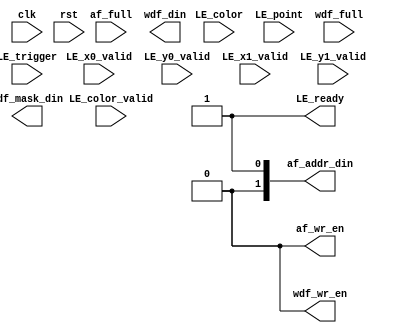
module LineEngine(
  input                 clk,
  input                 rst,
  output                LE_ready,
  // 8-bit each for RGB, and 8 bits zeros at the top
  input [31:0]          LE_color,
  input [9:0]           LE_point,
  // Valid signals for the inputs
  input                 LE_color_valid,
  input                 LE_x0_valid,
  input                 LE_y0_valid,
  input                 LE_x1_valid,
  input                 LE_y1_valid,
  // Trigger signal - line engine should
  // Start drawing the line
  input                 LE_trigger,
  // FIFO connections
  input                 af_full,
  input                 wdf_full,
  
  output [30:0]         af_addr_din,
  output                af_wr_en,
  output [127:0]        wdf_din,
  output [15:0]         wdf_mask_din,
  output                wdf_wr_en
);


    // Implement Bresenham's line drawing algorithm here!

    // Remove these when you implement this module:
    assign af_wr_en = 1'b0;
    assign wdf_wr_en = 1'b0;
    assign LE_ready = 1'b1;


endmodule